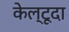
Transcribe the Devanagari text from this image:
केल्टूदा